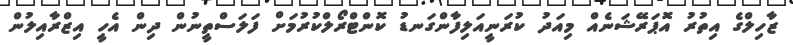
ޒާހިލްގެ އިތުރު އޮޕަރޭޝަނެއް މިއަދު ކުރަނީއަލިފާންގަނޑު ކޮންޓްރޯލްކުރުމަށް ފަލަސްތީނުން ދިން އެހީ އިޒްރާއިލުން